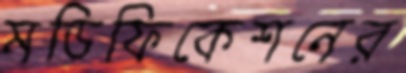
মডিফিকেশনের